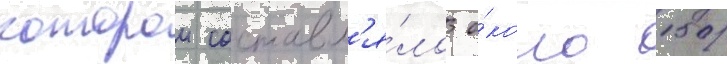
которои составл'я́ло о́коло 150